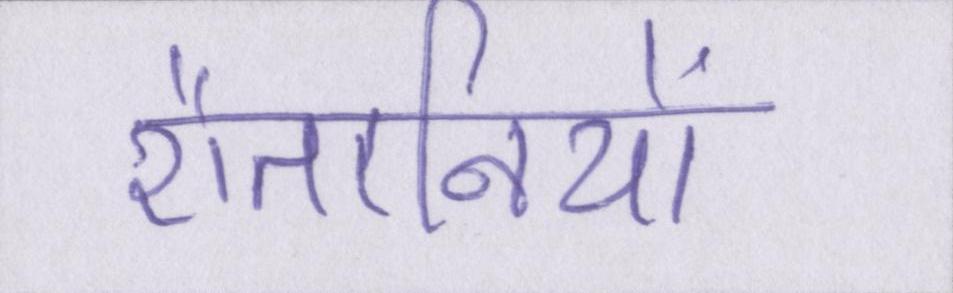
शैतानियों